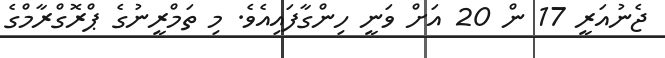
ޖެނުއަރީ 17 ން 20 އަށް ވަނީ ހިންގާފައިއެވެ. މި ތަމްރީނުގެ ޕްރޮގްރާމްގެ